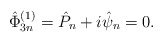
\begin{align*}\hat{\Phi}^{(1)}_{3n}= \hat{P}_n + i \hat{\psi}_n =0 .\end{align*}